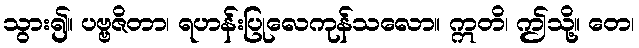
သွား၍။ ပဗ္ဗဇိတာ၊ ရဟန်းပြုလေကုန်သလော။ ဣတိ၊ ဤသို့။ တေ၊